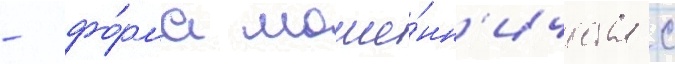
- фо́рма моше́нн'ичества с